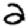
Digit: 2